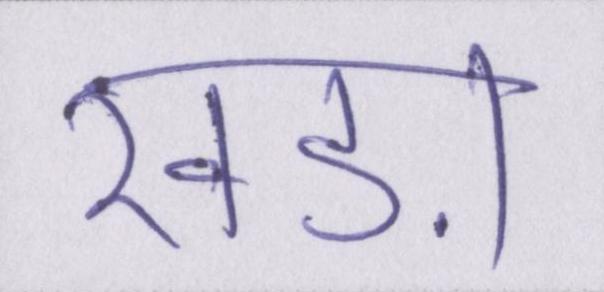
खड़ा